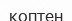
коптен